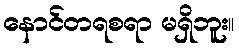
နောင်တရစရာ မရှိဘူး။